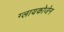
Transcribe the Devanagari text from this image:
ग्लायकोजेन